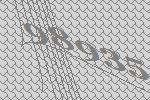
98935